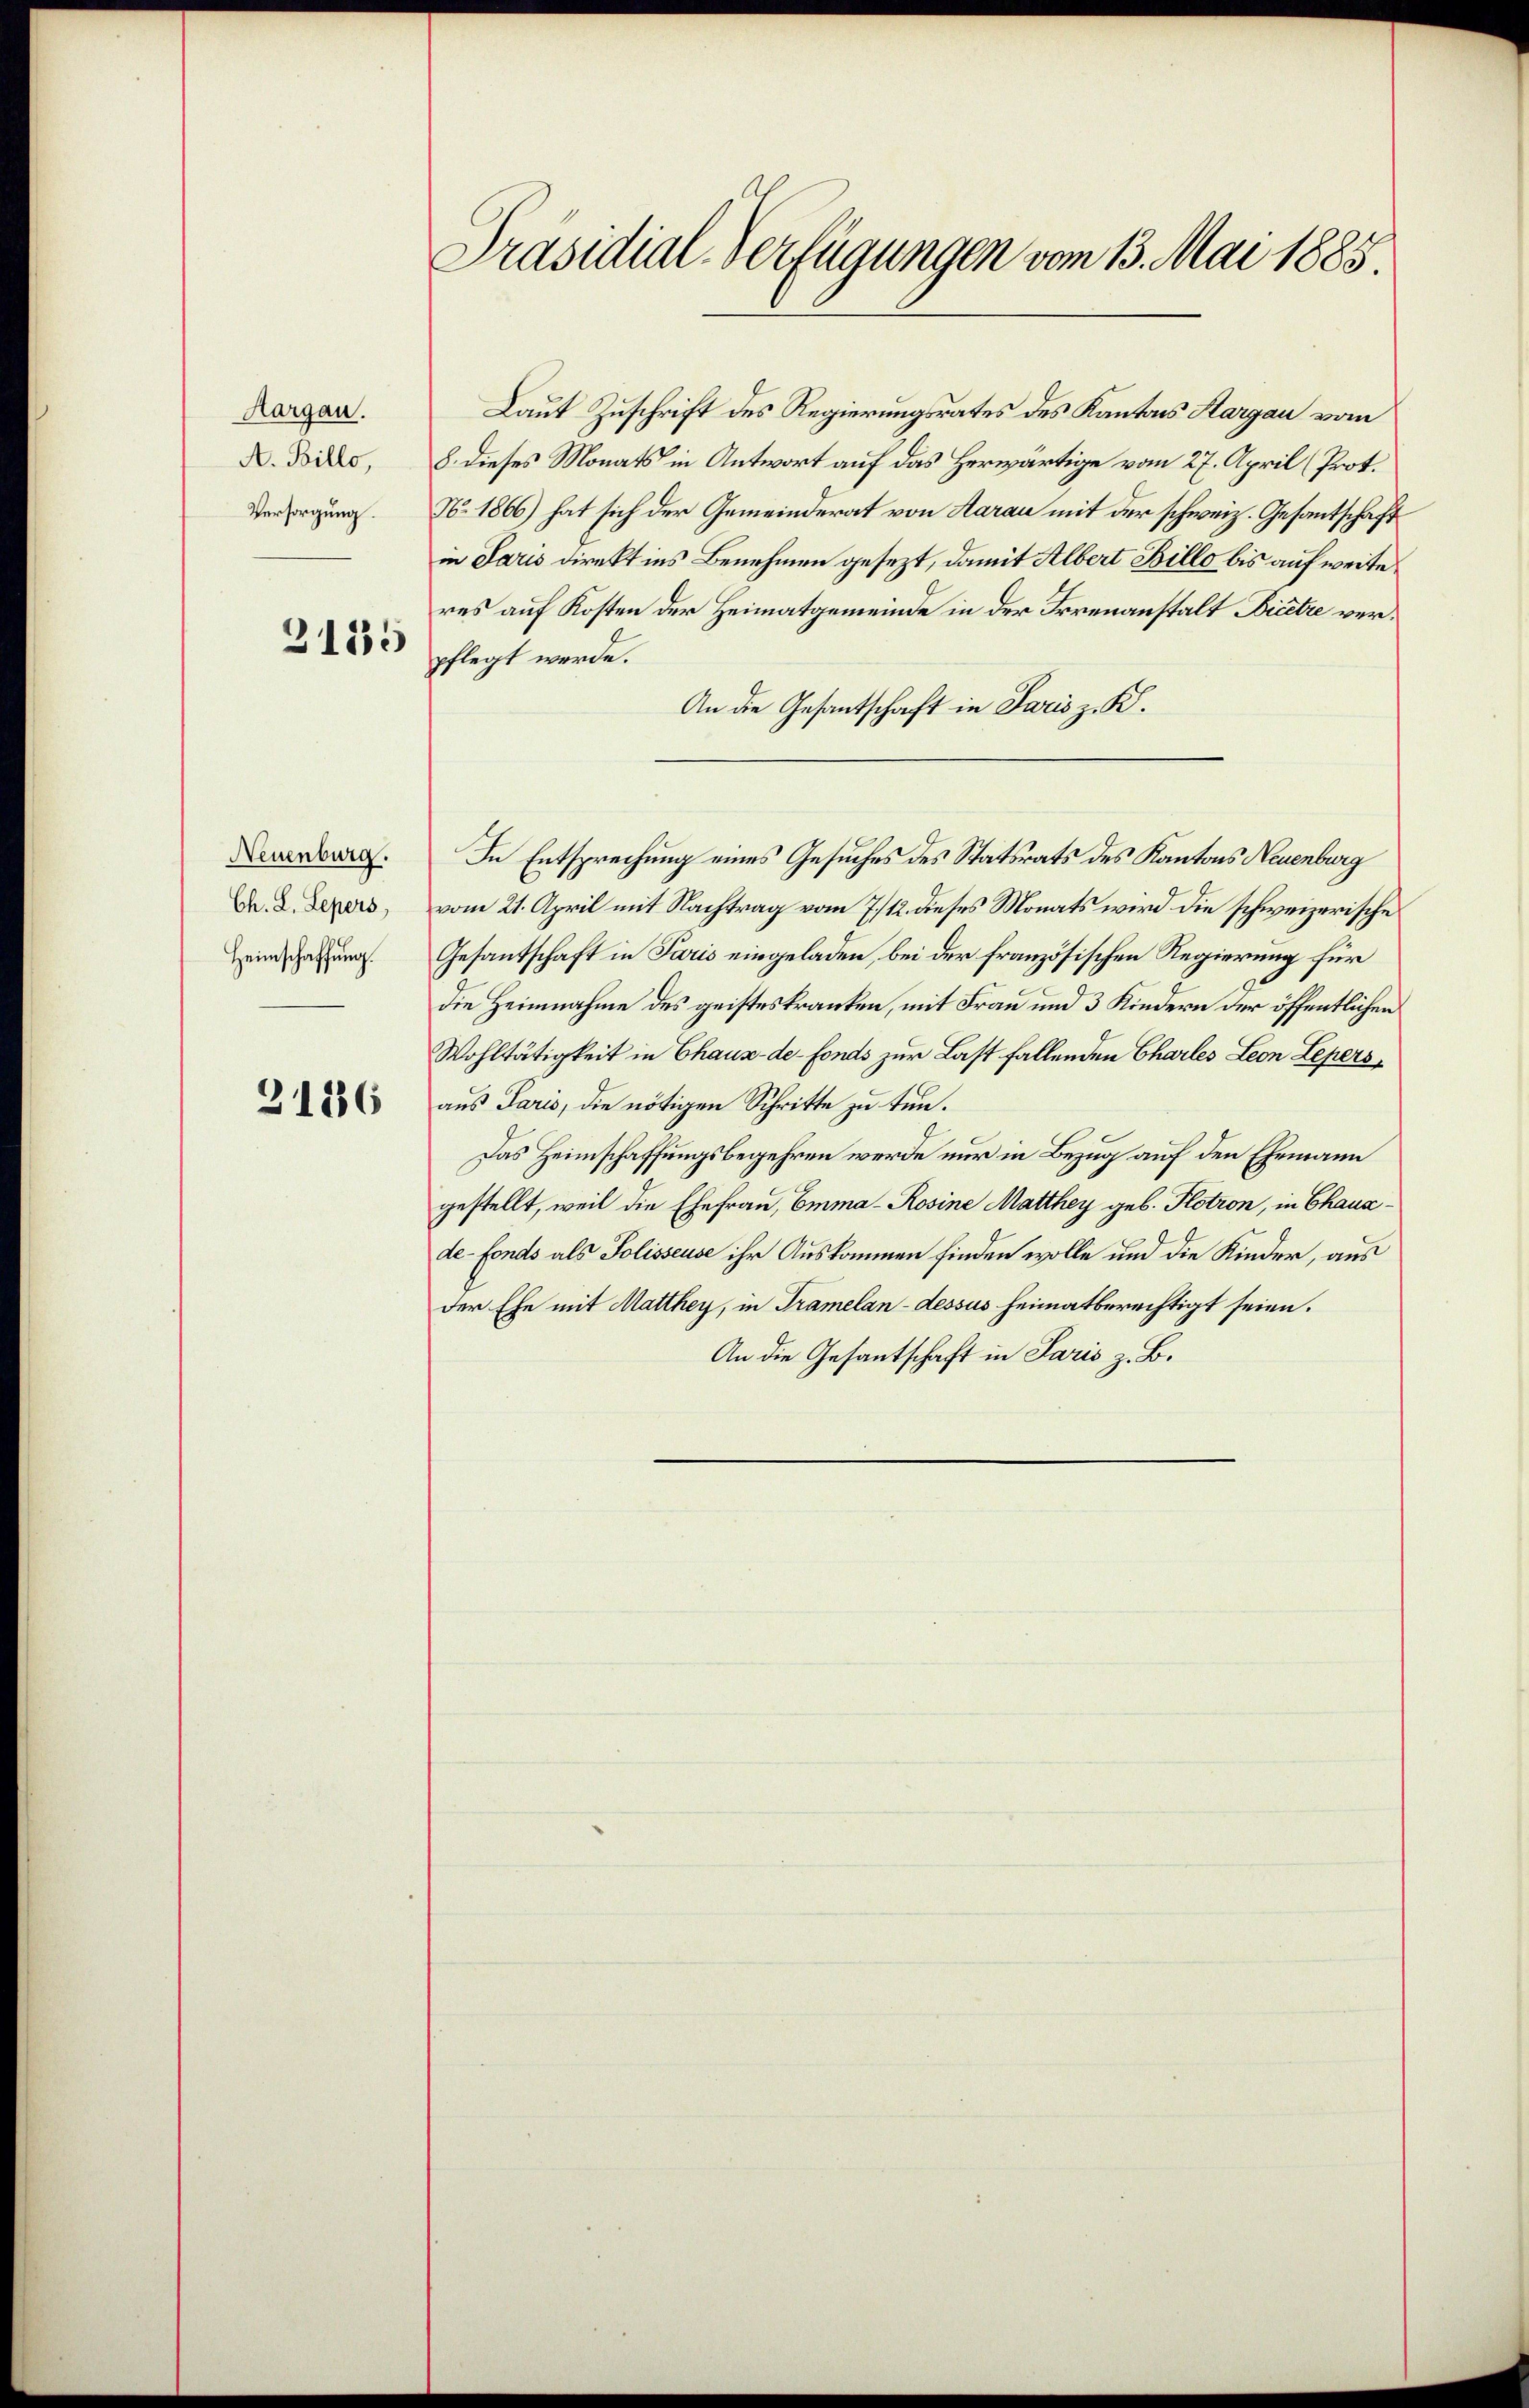
Aargau.
A. Billo,
Versorgung.

3135

Neuenburg.
Ch. L. Lepers,
Heimschaffung.

2136

Präsidial-Verfügungen vom 13. Mai 1885.

Laut Zuschrift des Regierungsrates des Kantons Hargau vom
8. dieses Monats in Antwort auf das Herwärtige vom 27. April (Prot.
No. 1866) hat sich der Gemeinderat von Aarau mit der schweiz. Gesantschaft
in Paris direkt ins Benehmen gesezt, damit Albert Billo bis auf weite
res auf Kosten der Heimatgemeinde in der Irrenanstalt Bicetze verpflegt werde.
An die Gesantschaft in Paris z. B.
In Entsprechung eines Gesuches des Statsrats des Kantons Neuenburg
vom 21. April mit Nachtrag vom 7./12. dieses Monats wird die schweizerische
Gesantschaft in Paris eingeladen, bei der französischen Regierung für
die Heimnahme des geisteskranken, mit Frau und 3 Kindern der öffentlichen
Wohltätigkeit in Chaux-de-Fonds zur Last fallenden Charles Leon Lepers
aus Paris, die nötigen Schritte zu tun.
Das Heimschaffungsbegehren werde nur in Bezug auf den Ehemann
gestellt, weil die Ehefrau, Emma - Rosine Matthey geb. Flotron, in Chaus
de-Fonds als Polisseuse ihr Auskommen finden wolle und die Kinder, aus
der Ehe mit Matthey, in Tramelan-dessus heimatberechtigt seien.
An die Gesantschaft in Paris z. B.